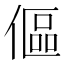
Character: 傴